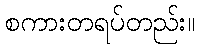
စကားတရပ်တည်း။